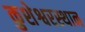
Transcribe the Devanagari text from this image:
कुशेश्वरस्थान